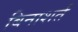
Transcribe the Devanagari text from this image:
बिनाशर्त